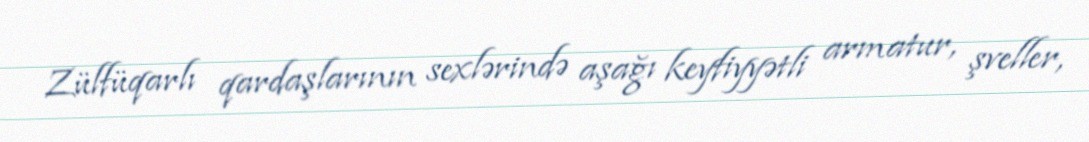
Zülfüqarlı qardaşlarının sexlərində aşağı keyfiyyətli armatur, şveller,